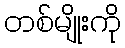
တစ်မျိုးကို